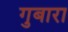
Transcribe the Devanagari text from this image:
गुबारा